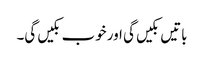
باتیں بکیں گی اور خوب بکیں گی۔